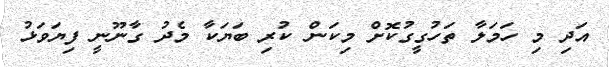
އަދި މި ހަމަލާ ތަހުގީގުކޮށް މިކަން ކުރި ބަޔަކާ މެދު ގާނޫނީ ފިޔަވަޅު